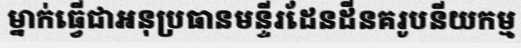
ម្នាក់ធ្វើជាអនុប្រធានមន្ទីរដែនដីនគរូបនីយកម្ម